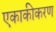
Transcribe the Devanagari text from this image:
एकाकीकरण